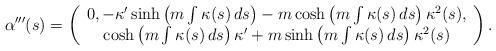
LaTeX: \begin{align*}\alpha ^{\prime \prime \prime }(s)=\left(\begin{array}{c}0,-\kappa ^{\prime }\sinh \left( m\int \kappa (s)\,ds\right) -m\cosh \left(m\int \kappa (s)\,ds\right) \kappa ^{2}(s), \\\cosh \left( m\int \kappa (s)\,ds\right) \kappa ^{\prime }+m\sinh \left(m\int \kappa (s)\,ds\right) \kappa ^{2}(s)\end{array}\right).\end{align*}